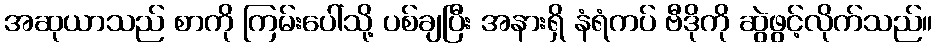
အဆုယာသည် စာကို ကြမ်းပေါ်သို့ ပစ်ချပြီး အနားရှိ နံရံကပ် ဗီဒိုကို ဆွဲဖွင့်လိုက်သည်။